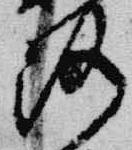
路